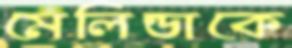
মেলিন্ডাকে